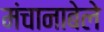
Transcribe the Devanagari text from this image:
मंचानाबेले